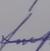
Signature authenticity: genuine